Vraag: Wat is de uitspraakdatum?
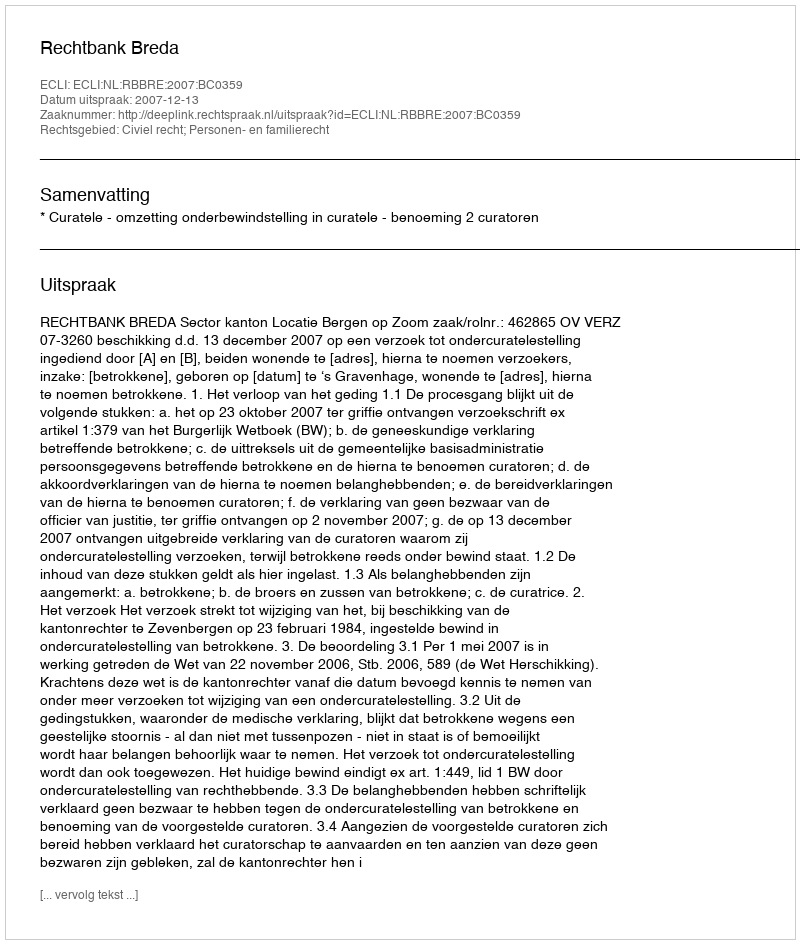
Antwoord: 2007-12-13